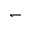
\leftharpoondown